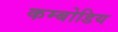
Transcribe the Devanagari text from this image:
कम्बोडिय